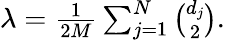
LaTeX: \begin{array}{r}{\lambda=\frac{1}{2M}\sum_{j=1}^{N}\binom{d_{j}}{2}.}\end{array}